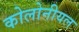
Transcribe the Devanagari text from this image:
कोलोनीयल